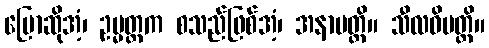
ပြောဆိုအံ့၊ ဥမ္မတ္တက စသည်ဖြစ်အံ့၊ အနာပတ္တိ။ သီလဝိပတ္တိ။